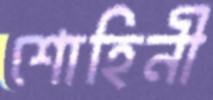
শোহিনী